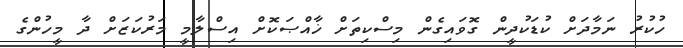
ހުކުރު ނަމާދަށް ކުޑަކުދީން ގޮވައިގެން މިސްކިތަށް ޚާއްޞަކޮށް އިސްލާމީ މަރުކަޒަށް ދާ މީހުންގެ